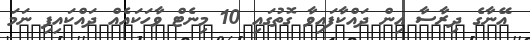
އޭނާގެ ދިރާސާ އިން ދައްކާފައިވާ ގޮތުގައި 10 މިނެޓް ވާހަކައެއް ދައްކައިފި ނަމަ